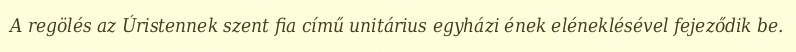
A regölés az Úristennek szent fia című unitárius egyházi ének eléneklésével fejeződik be.